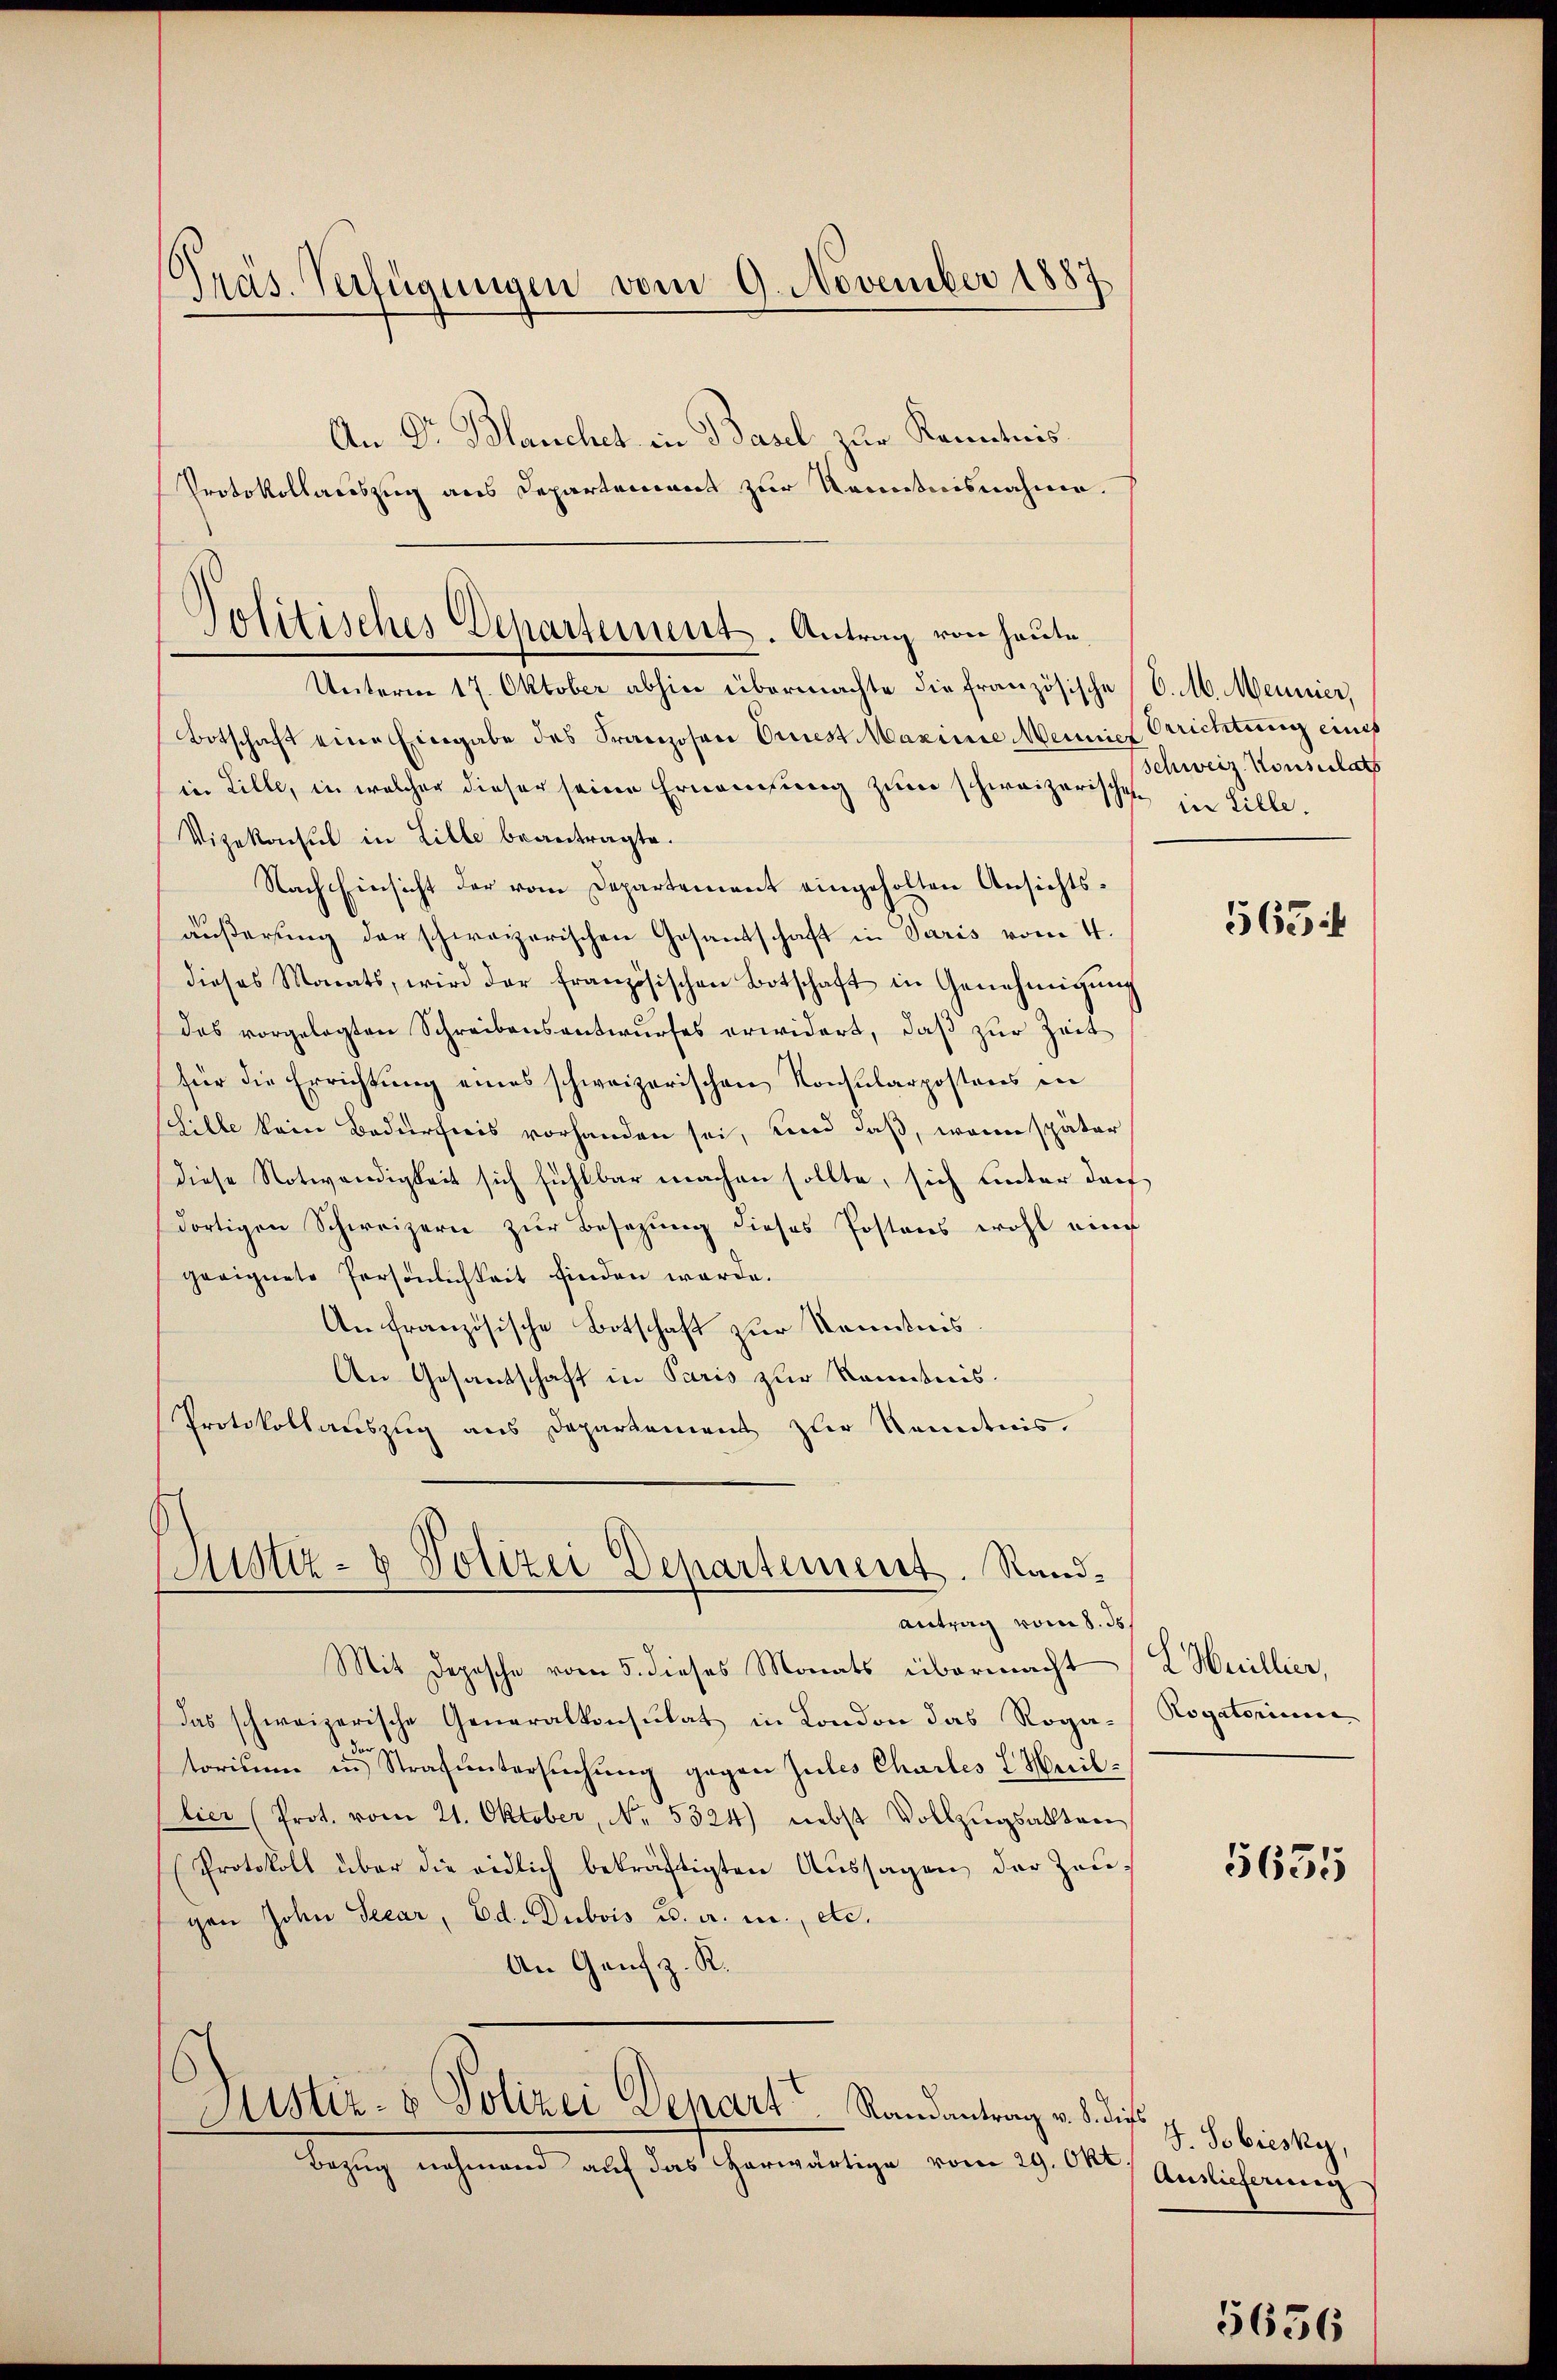
Präs. Verfügungen vom 9. November 1887.

An Dr. Blanchet in Basel zur Kenntnis
Protokollauszug aus Departement zur Kenntnisnahme.
Botschaft eine Eingabe des Franzosen Oriest Maxime Meiner Errichtung eines
in Lille, in welcher dieser seine Ernennung zum schweizerischen in Lille.
Vizekonsul in Lille beantragte.
Nach Einsicht der vom Departement eingeholten Ansichtsäußerung der schweizerischen Gesandschaft in Paris vom 4.
dieses Monats, wird der französischen Botschaft in Genehmigŭng
das vorgelegten Schreibensantwurfes erwidert, daß zur Zeit
für die Errichtung eines schweizerischen Konsularpostens in
Silbe kein Bedürfnis vorhanden sei, und daß, wenn später
diese Notwendigkeit sich fühlbar machen sollte, sich unter doch
dortigen Schweizern zŭr Besetzŭng dieses Postens wohl ain
geeignete Persönlichkeit finden werde.
An französische Botschaft zur Kenntnis.
An Gesantschaft in Paris zur Kenntnis.
Protokollauszug aus Departement zur Kenntnis.

Politisches Departement. Antrag von heute.
Unterm 17. Oktober abhin übermachte die französische (C. M. Mennier,

Antrag vom 8. ds.
Mit Depesche vom 5. dieses Monats übermacht (2 Huillier,
das schweizerische Generalkonsulat in London das Roga¬
3.
torium in Strafuntersuchung gegen Zules Chartes Heillier (Prot. vom 21. Oktober, No. 5324) nebst Vollzŭgsalten
(Protokoll über die eidlich bekräftigten Aussagen der Zeugen John Seear, Ed. Dubois u. a. m., etc.
An Genf z. R.

Sistiz- & Polizei Departement. Rand¬

Astiz- & Polizei Depart Randantrag v. 8. dies

Bezug nehmend auf das herwärtige vom 29. Okt

(Schweiz. Konsulats

563

Rogatorium

5635

J. Sobiesky,
Auslieferung

5636